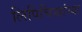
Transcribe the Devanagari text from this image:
लिपिचिन्हांच्या